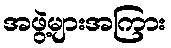
အဖွဲ့များအကြား